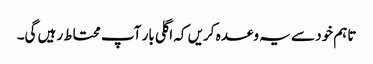
تاہم خود سے یہ وعدہ کریں کہ اگلی بار آپ محتاط رہیں گی۔